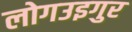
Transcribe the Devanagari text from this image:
लोगउइगुर